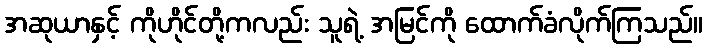
အဆုယာနှင့် ကိုဟိုင်တို့ကလည်း သူရဲ့ အမြင်ကို ထောက်ခံလိုက်ကြသည်။